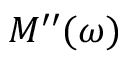
M ^ { \prime \prime } ( \omega )